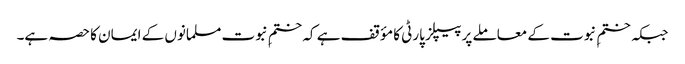
جبکہ ختمِ نبوت کے معاملے پر پیپلز پارٹی کا مؤقف ہے کہ ختمِ نبوت مسلمانوں کے ایمان کا حصہ ہے۔